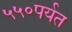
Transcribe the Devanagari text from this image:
५५०पर्यत